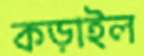
কড়াইল